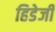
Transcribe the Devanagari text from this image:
हिडेजी